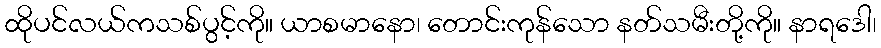
ထိုပင်လယ်ကသစ်ပွင့်ကို။ ယာစမာနော၊ တောင်းကုန်သော နတ်သမီးတို့ကို။ နာရဒေါ၊